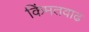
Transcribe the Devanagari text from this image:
किंमतवाढ